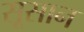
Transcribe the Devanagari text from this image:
सूसान